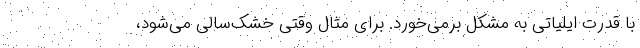
با قدرت ایلیاتی به مشکل بر‌می‌خورد. برای مثال وقتی خشک‌سالی می‌شود،